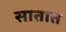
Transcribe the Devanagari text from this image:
सातात